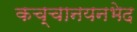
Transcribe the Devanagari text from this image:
कच्चानयनभेद